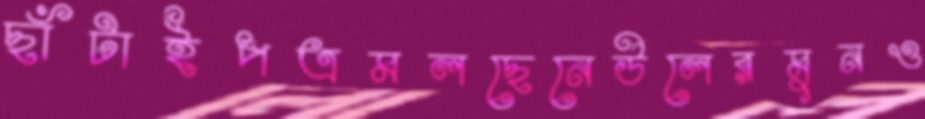
ছাঁটাইপত্রমলছেনেউলেরমুনও